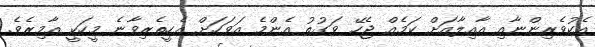
އެކުވެރިންނާއި އާއިލާއަށް ކަމެއް ޖެހޭ ވަގުތު އެންމެ އަވަހަށް އެހީތެރިވާނެ މީހަކީ އާމިރެވެ.